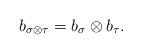
LaTeX: \begin{align*}b_{\sigma\otimes \tau} = b_{\sigma}\otimes b_{\tau}.\end{align*}